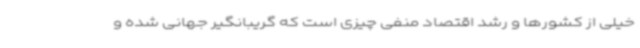
خیلی از کشورها و رشد اقتصاد منفی چیزی است که گریبانگیر جهانی شده و